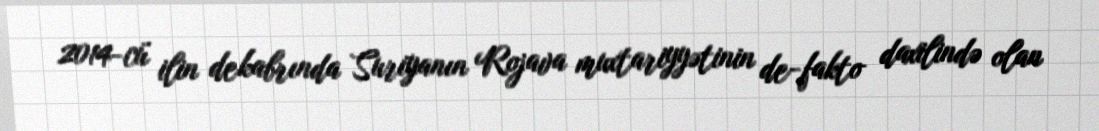
2014-cü ilin dekabrında Suriyanın Rojava muxtariyyətinin de-fakto daxilində olan